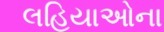
લહિયાઓના